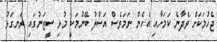
ޖެހުމަކަށް ވެދާނެ ކަމަށާއި އެހެން ނަމަވެސް އަސްލު ބޭނުމަކީ މުޅި ސީޒަނުގައި ރަނގަޅު